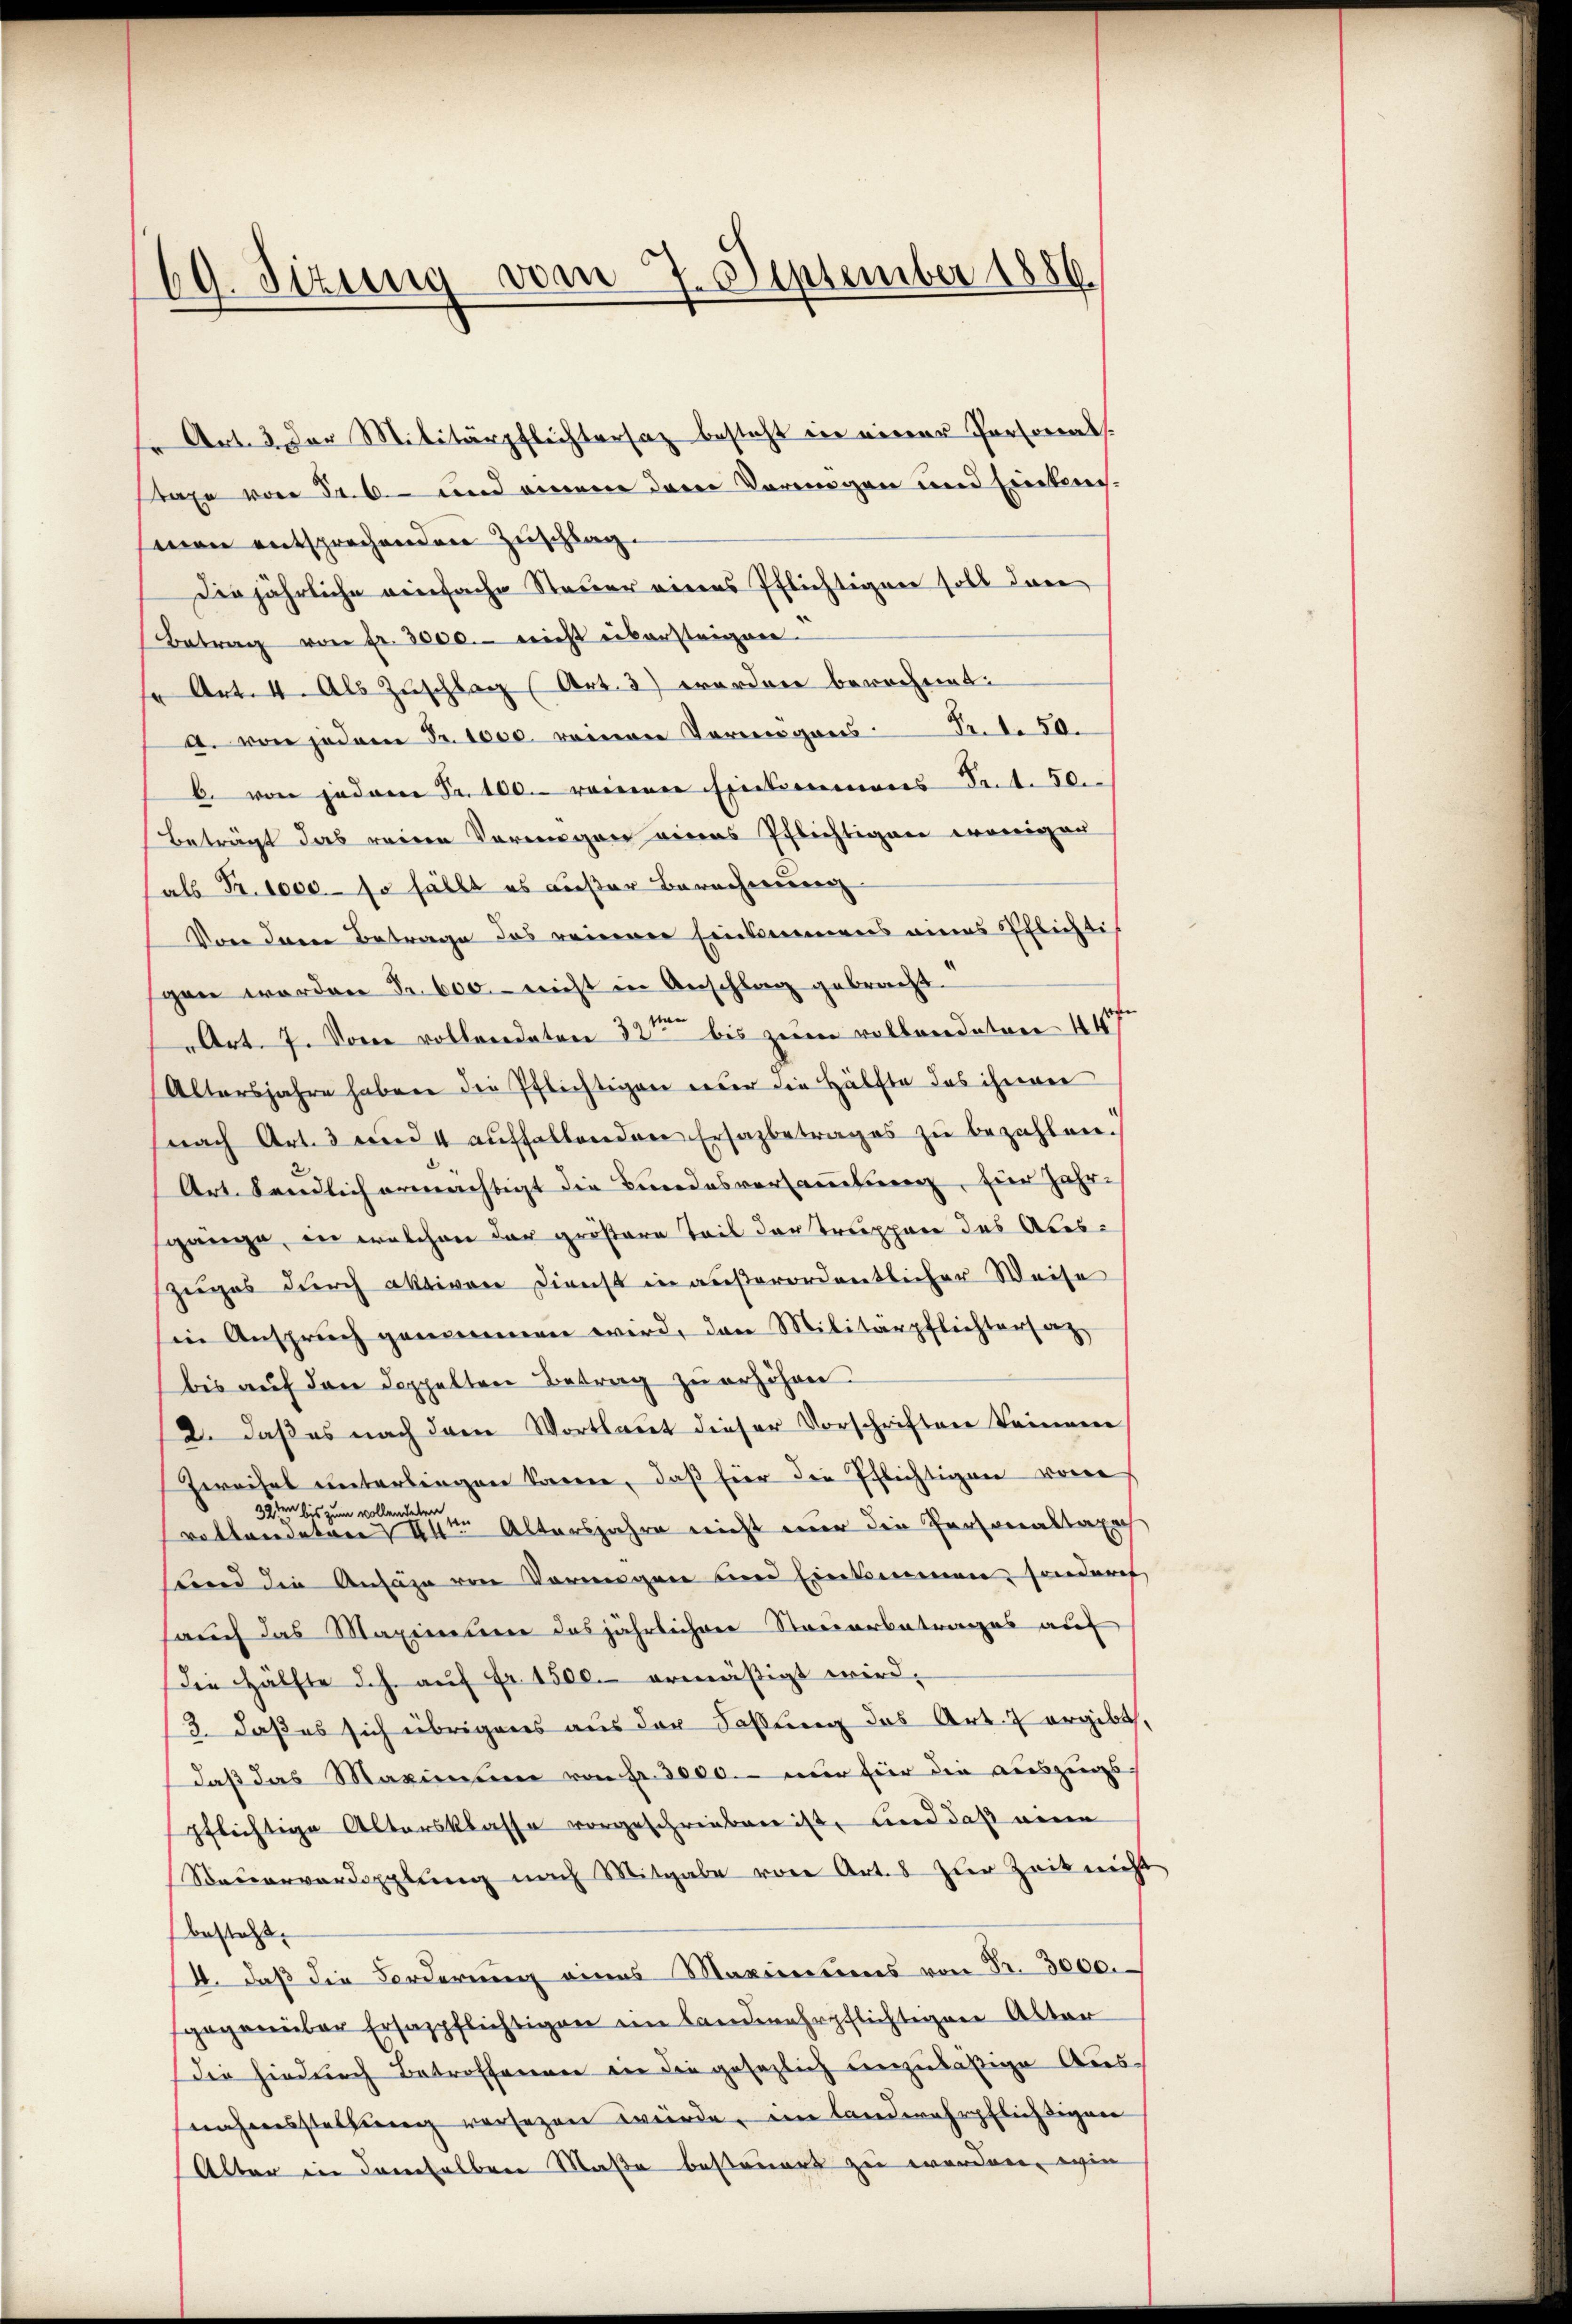
" Art. 3 der Militärpflichtersaz besteht in einer Personals.
staxe von 36. und einem dem Vorringen und Eintenmnen entsprechenden Zuschlag.
Die jährliche einfache Steuer eines Pflichtigen soll dar
Betrag von fr. 3000.- nicht übersteignen.
f Art. 4. Als Zuschlag (Art. 3) worden berechnet:
a. von jedem Fr. 1000. reinen Vermögens Fr. 50.
b. von jedene Fr. 100. reiterer Einkommenes Sect. 50.
Beträgt das reinen Vermögen eines Pflichtigen wenigen
als Fr. 1000 so fällt es außer Berechnung
Von dem Betrage das reiner Einkommens eines Pflichti
gen werden Fr. 600. nicht in Anschlag gebracht.
Art. 7. Von vollendeten 22ten bis zum vollendeten 44
Altersjahre haben die Pflichtigen deber die Hälfte das ihrer
(nach Art. 3 und 4 aŭffallenden Ersazbetrages zŭ bezahlen.
Art. Sendlich ermächtigt die Bundesversammlung, für Jahr-
gänge, in welchen der größere Teil der Truppen des Aus¬
Zuges durch aktiven Dienst in außerordentlicher Weise
in Anspruch genommen wird, den Militärpflichtensaz-
bis auf den doppelten Betrag zu erhöhen.
2. daß es nach dem Wortlaut dieser Vorschriften keinem
Zweifel unterlingen Korrere, daß hier die Pflichtigen vorer
32ten bis zum vollendeten
Altersjahre nicht nur die Personastaxa
vollendeten I
send die Ansähe von Vorangen und Einkommen, sonderet,
auch das Maximier das jährlicher Steuerbetrages auf
die Hälfte d.h. aŭf Fr. 1500.- ermäßigt wird.
3. daß es sich übrigens aus der Faßlung des Art. 7 ergibt,
daβ das Maximum von Fr. 3000. nur für die auszugs
pflichtige Altersklasse vorgeschrieben ist, und daß eine
Bauerverdopplŭng nach Mitgabe von Art. 8 zur Zeit nicht
besass
4. daβ die Forderŭng eines Maximirens von Fr. 3000.
gegenüber Ersazpflichtigen en landwehrpflichtigen Alter
Die hindurch Betroffenen die die gesezlich unzuläßige Ausnahmsstellung versezen würde, im landwehrpflichtigen
Alter in demselben Maße besteuert zu werden, wie

69. Sizung vom 27. September 1886.